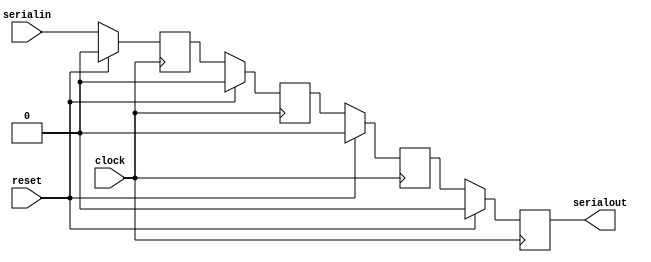
`timescale 1ns / 1ps
//////////////////////////////////////////////////////////////////////////////////
// Company: 
// Engineer: 
// 
// Design Name: 
// Module Name: operators
// Project Name: 
// Target Devices: 
// Tool Versions: 
// Description: 
// 
// Dependencies: 
// 
// Revision:
// Revision 0.01 - File Created
// Additional Comments:
// 
//////////////////////////////////////////////////////////////////////////////////


module operators(
    input clock, reset,
    input serialin,
    output reg serialout

    );
    
    reg a, b, c; 
    
    always@(posedge clock)
        if(reset) begin
            a <= 0;
            b <= 0;
            c <= 0;
            serialout <= 0;
        end
        else begin
            a <= serialin;
            b <= a;
            c <= b;
            serialout <= c;
        end
endmodule